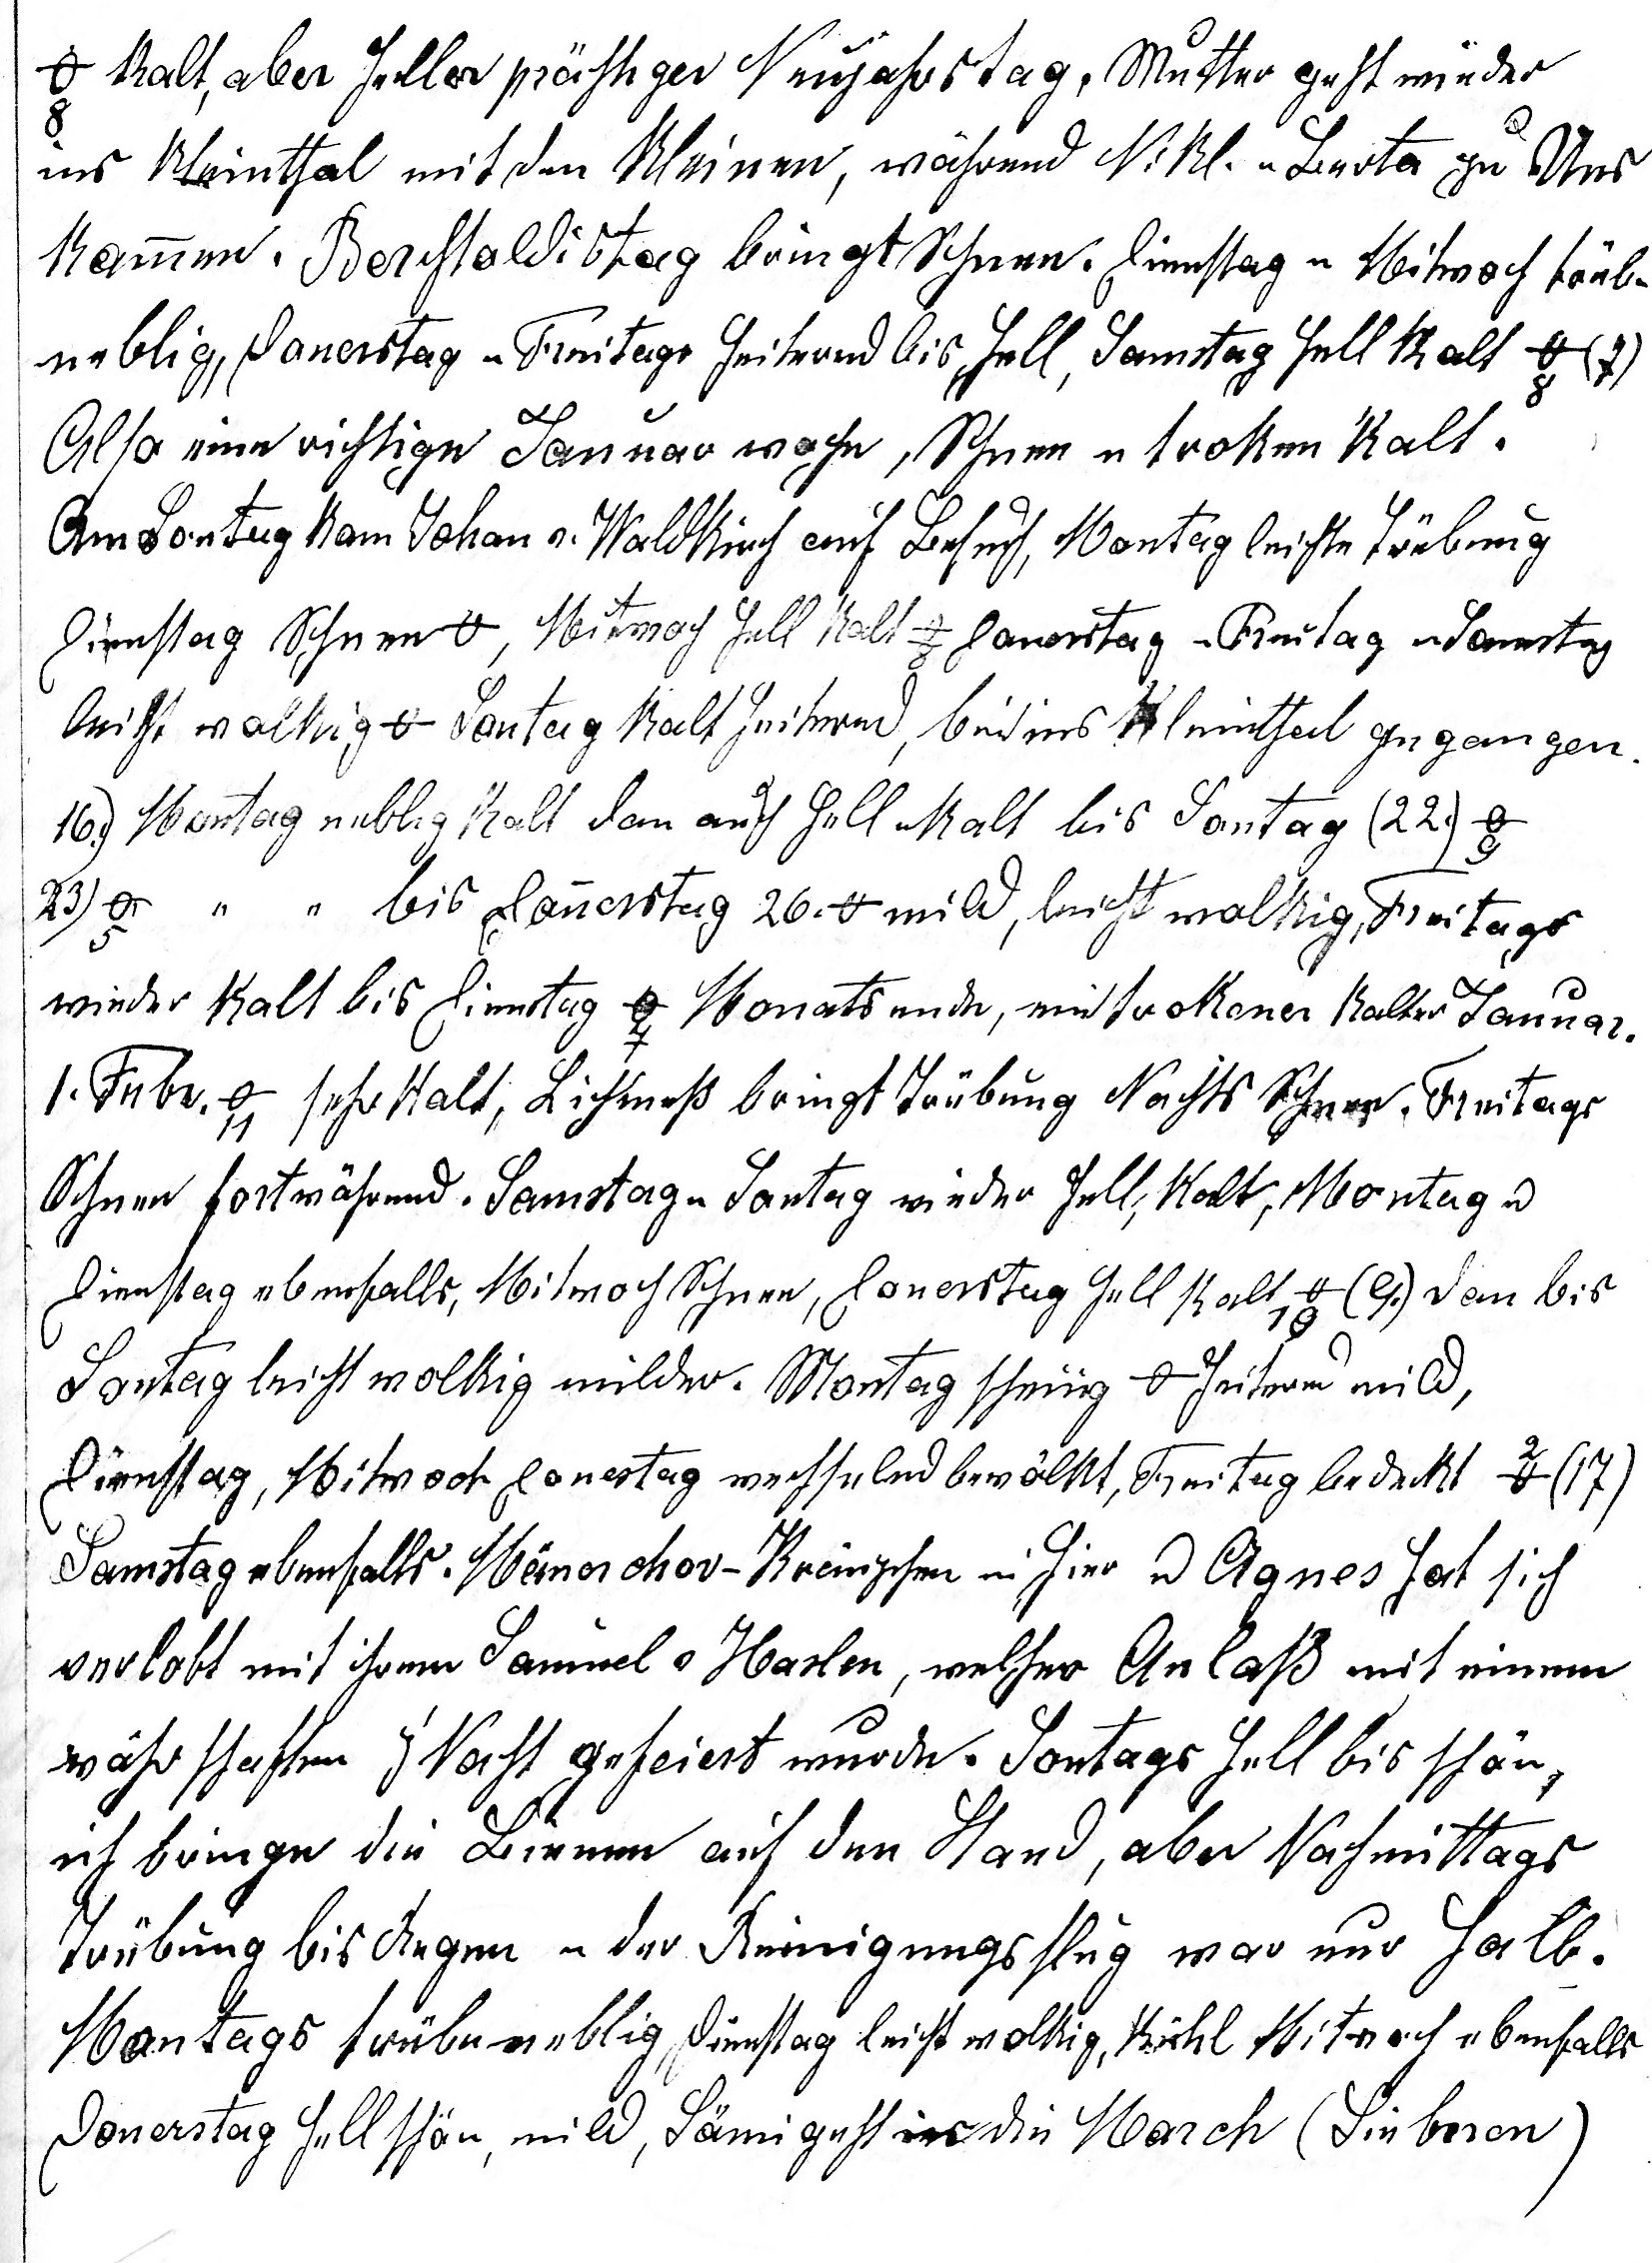
-8o kalt, aber heller prächtiger Neujahrstag. Mutter geht wieder
ins Kleinthal mit den Kleinen, während Nikl. u Berta zu Uns
kommen. Berchtoldistag bringt Schnee. Dienstag u Mitwoch trübe

neblig, Donerstag u Freitag heiternd bis hell, Samstag hell kalt -8o (7.).

Also eine richtige Januarwoche, Schnee u troken kalt.
Am Sontag kam Johan v. Waldkirch auf Besuch, Montag
hell kalt -8oDonerstag u Freitag u Samstag
leicht wolkig 0o. Sontag kalt heiternd, bin ins Kleinthal ge¬gangen.
16.) Montag neblig kalt dann auch hell u kalt bis Sontag (22.) -9o
23. -5o Montag neblig bis Donerstag 26. 0o mild, leicht wolkig, Freitags
wieder kalt bis Dienstag -7o Monatsende, ein trokener kalter Januar.
1. Febr. -11o sehr kalt, Lichtmess bringt Trübung Nachts Schnee. Freitags
Schnee fortwährend. Samstag u Sontag wieder hell, kalt, Montag u
Dienstag ebenfalls, Mitwoch Schnee, Donerstag hell kalt -10o (9.) dan bis
Sontag leicht wolkig milder. Montag schneiig 0o heiternd mild,
Dienstag, Mitwoch Donerstag wechselnd bewölkt, Freitag bedeckt 2o (17.)
Samstag ebenfalls. Männerchor-Kränzchen.. hier u Agnes hat sich
verlobt mit ihrem Samuel v. Haslen, welcher Anlass mit einem
währschaften z’Nacht gefeiert wurde. Sontags hell bis schön,
ich bringe die Bienen auf den Stand, aber Nachmittags
Trübung bis Regen u der Reinigungsflug war nur halb.
Montags trübe neblig, Dienstag leicht wolkig, kühl Mitwoch ebenfalls
Donerstag hell schön, mild, Sämi geht in die March (Siebnen)